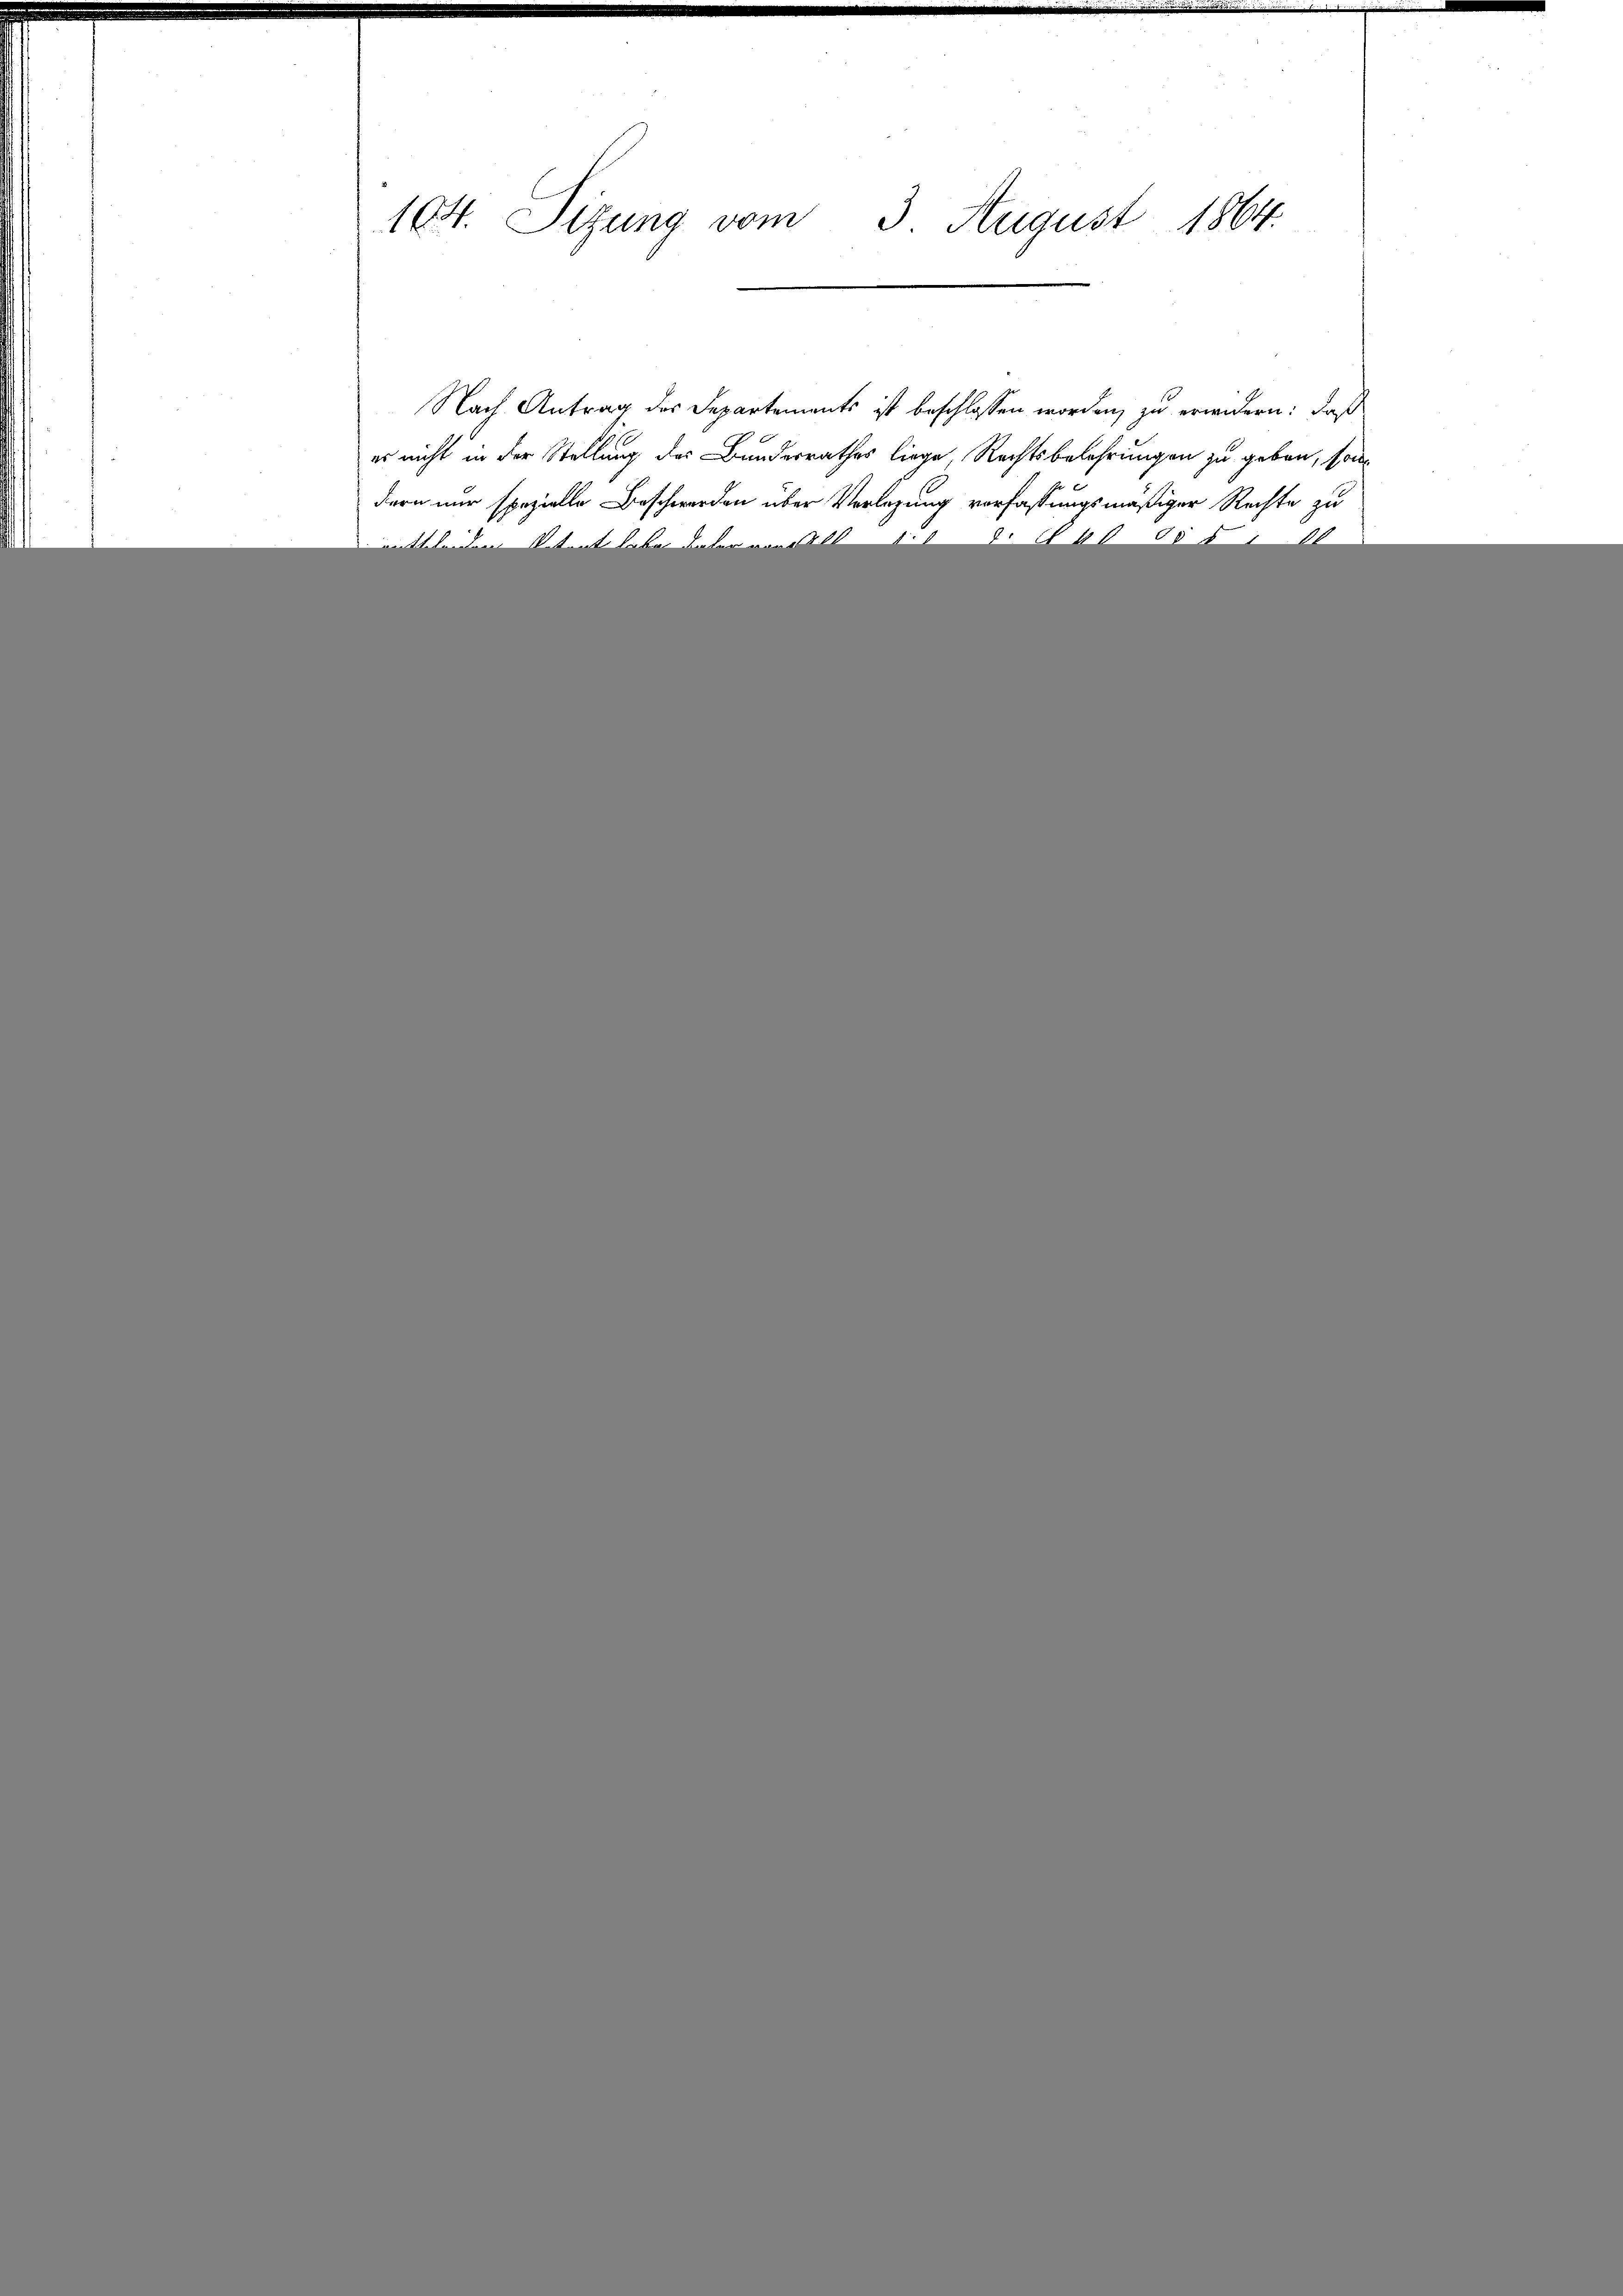
104. Sitzung vom 3 August 1864.

Nach Antrag des Departements ist beschlossen worden, zu erwidern: daß
es nicht in der Stellung des Bundesrathes liege, Rechtsbelehrungen zu geben, son
dern nur spezielle Beschwerden über Verlegung verfassungsmäßiger Rechte zu
d
111
aettetentari tant total unter von all